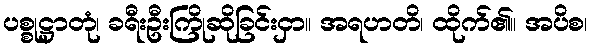
ပစ္စုဋ္ဌာတုံ၊ ခရီးဦးကြိုဆိုခြင်းငှာ။ အရဟတိ၊ ထိုက်၏။ အပိစ၊